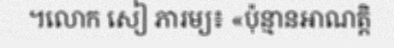
។លោក សៀ ភារម្យ៖ «ប៉ុន្មានអាណត្តិ